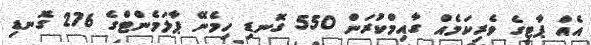
އެއް ޕާޓީގެ ވެރިކަމެއް ގާއިމްކުރަން 550 ގޮނޑި ހިމެނޭ ޕާލަމެންޓްގެ 276 ގޮނޑި